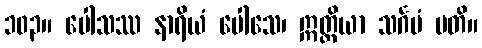
၁၀၃။ ပေါသဿ နာရိယံ ပေါသေ၊ ဣတ္ထိယာ သင်္ဂမံ ပတိ။